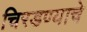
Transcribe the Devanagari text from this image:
चिरडण्‍याचे